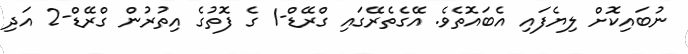
ނުބައިކޮށް ލިޔެފައި އެބައޮތެވެ. އޭގެތެރޭގައި ގްރޭޑް-1 ގެ ފޮތުގެ އިތުރުން ގްރޭޑް-2 އަދި